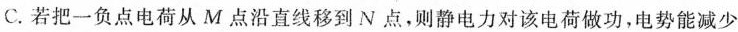
C.若把一负点电荷从M点沿直线移到N点，则静电力对该电荷做功，电势能减少